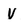
Character: v